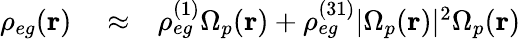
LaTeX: \begin{array}{rlr}{\rho_{eg}(\mathbf{r})}&{{}\approx}&{\rho_{eg}^{(1)}\Omega_{p}(\mathbf{r})+\rho_{eg}^{(31)}|\Omega_{p}(\mathbf{r})|^{2}\Omega_{p}(\mathbf{r})}\end{array}